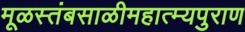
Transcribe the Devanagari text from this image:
मूळस्तंबसाळीमहात्म्यपुराण